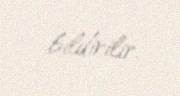
bildirilir.